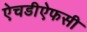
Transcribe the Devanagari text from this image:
ऐचडीऐफसी